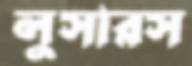
লুসারস